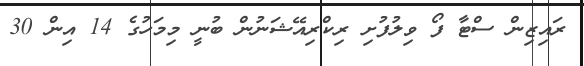
ރައިޒިން ސްޓާ ފޯ ވިލުފުށި ރިކްރިއޭޝަނުން ބުނީ މިމަހުގެ 14 އިން 30